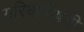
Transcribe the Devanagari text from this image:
गरिबांविषयी